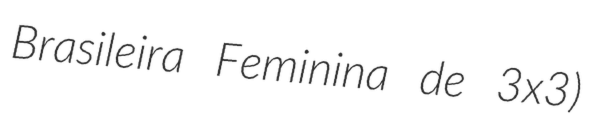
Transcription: Brasileira Feminina de 3x3)